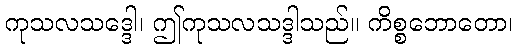
ကုသလသဒ္ဒေါ၊ ဤကုသလသဒ္ဒါသည်။ ကိစ္စဘောတော၊